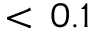
< \, 0 . 1